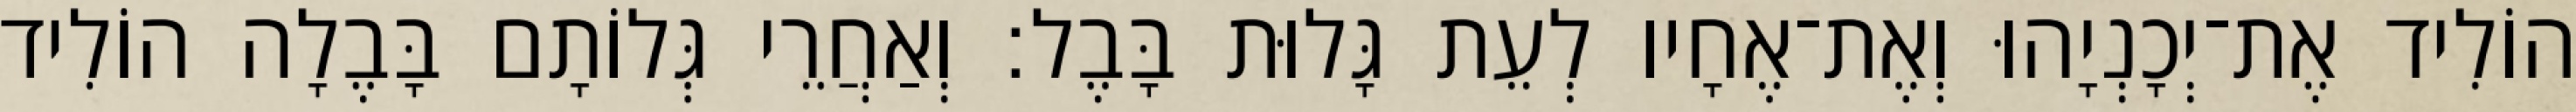
הוֹלִיד אֶת־יְכָנְיָהוּ וְאֶת־אֶחָיו לְעֵת גָּלוּת בָּבֶל׃ וְאַחֲרֵי גְּלוֹתָם בָּבֶלָה הוֹלִיד